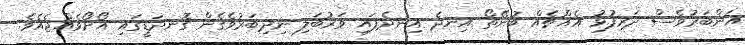
އަންބަރުވެސް ދަރިފުޅު އެއްޗެއް ބުނޭތޯ އިނދެ އިނދެފައި ވަރުބަލި ނިދިބަރުވެގެން ގޮނދަޑީގައި އޯށޯވެއްޖެއެވެ.